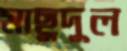
মাছুদুল